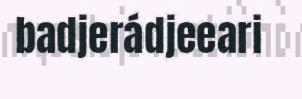
badjerádjeeari